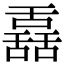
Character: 舙